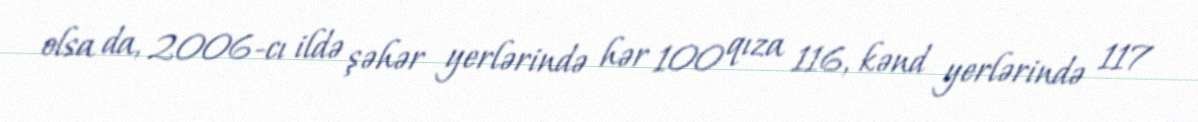
olsa da, 2006-cı ildə şəhər yerlərində hər 100 qıza 116, kənd yerlərində 117